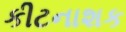
કીટનાશક